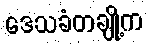
ဒေသခံတချို့က